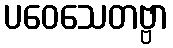
ပဝေသေတဗ္ဗာ